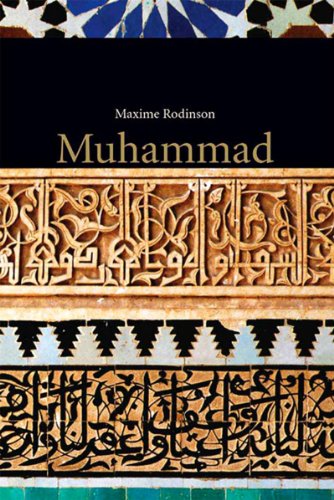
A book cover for Muhammad; Maxime Rodinson; Religion & Spirituality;